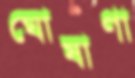
ঘোষাণা